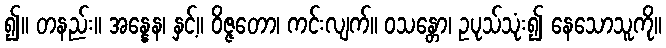
၍။ တနည်း။ အန္နေန၊ နှင့်။ ဝိဇ္ဇတော၊ ကင်းလျက်။ ဝသန္တော၊ ဥပုသ်သုံး၍ နေသောသူကို။